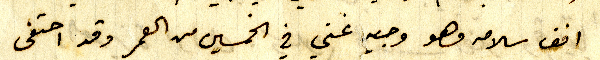
افف سلامه وهو وجيه غني في الخمسين من العمر وقد احتفى